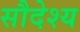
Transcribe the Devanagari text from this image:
सौदेश्य